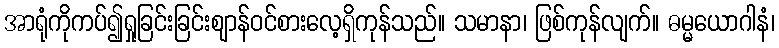
အာရုံကိုကပ်၍ရှုခြင်းခြင်းဈာန်ဝင်စားလေ့ရှိကုန်သည်။ သမာနာ၊ ဖြစ်ကုန်လျက်။ ဓမ္မယောဂါနံ၊